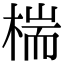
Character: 椯